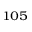
^ { 1 0 5 }